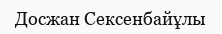
Досжан Сексенбайұлы